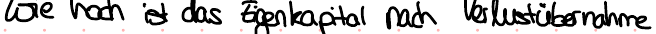
wie hoch ist das Eigenkapital nach Verlustübernahme